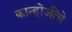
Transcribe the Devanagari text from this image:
कान्होजींचे